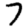
Digit: 7